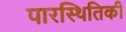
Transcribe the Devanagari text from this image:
पारस्थितिकी